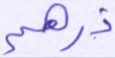
ذرهم